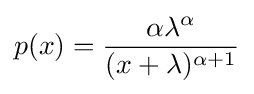
p(x)={\frac {\alpha \lambda ^{\alpha }}{(x+\lambda )^{\alpha +1}}}